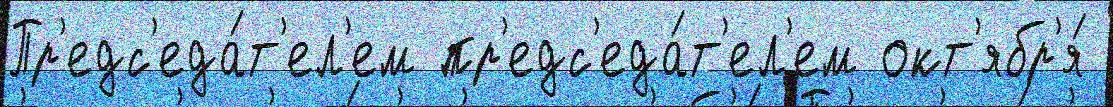
Пр'едс'еда́т'ел'ем пр'едс'еда́т'ел'ем окт'ябр'я́